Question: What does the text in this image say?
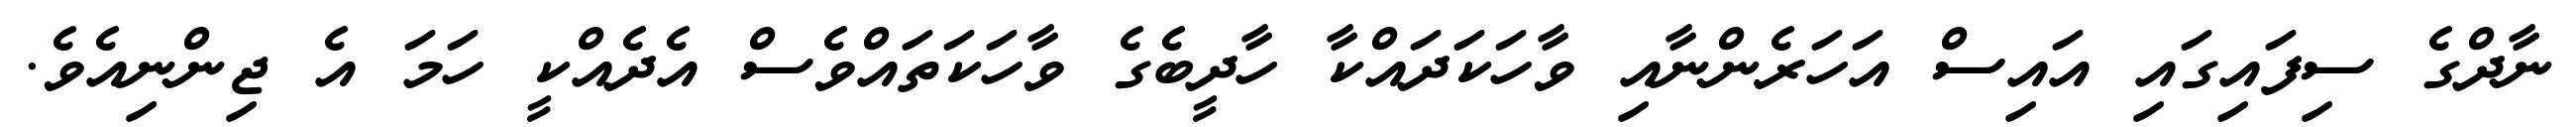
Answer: ނާދްގެ ސިފައިގައި އައިސް އަހަރެންނާއި ވާހަކަދައްކާ ހާދީބެގެ ވާހަކަތައްވެސް އެދެއްކީ ހަމަ އެ ޖިންނިއެވެ.